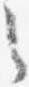
之